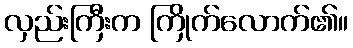
လှည်းကြီးက ကြိုက်လောက်၏။